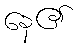
နေ၏